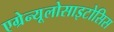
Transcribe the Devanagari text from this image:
एग्रेन्यूलोसाइटोसिस